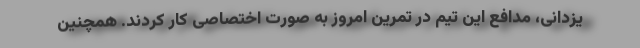
یزدانی، مدافع این تیم در تمرین امروز به صورت اختصاصی کار کردند. همچنین